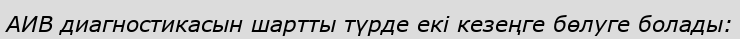
АИВ диагностикасын шартты түрде екі кезеңге бөлуге болады: